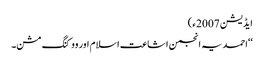
ایڈیشن 2007ء)
‘‘احمدیہ انجمن اشاعت اسلام اور ووکنگ مشن۔